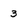
Character: 3